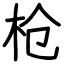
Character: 枪